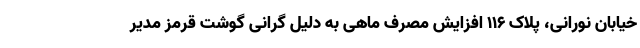
خیابان نورانی، پلاک 116 افزایش مصرف ماهی به دلیل گرانی گوشت قرمز مدیر